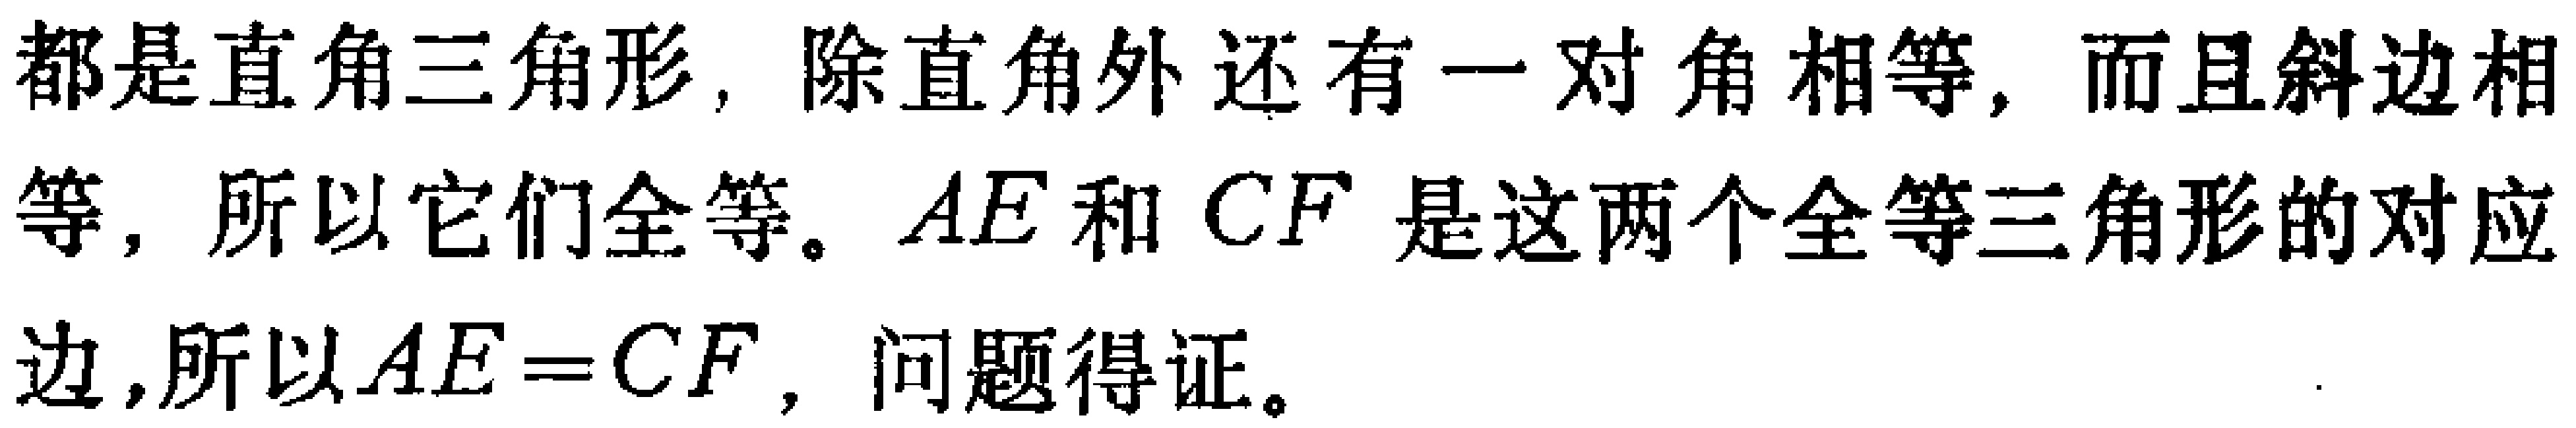
都是直角三角形，除直角外还有一对角相等，而且斜边相等，所以它们全等。\(AE\)和\(CF\)是这两个全等三角形的对应边，所以\(AE = CF\)，问题得证。